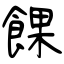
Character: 餜